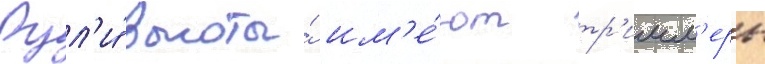
Рул'и́ высоты́ им'е́ют тр'имм'еры